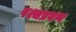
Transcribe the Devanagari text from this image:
पश्चप्रवण